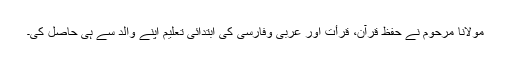
مولانا مرحوم نے حفظ قرآن، قرأت اور عربی وفارسی کی ابتدائی تعلیم اپنے والد سے ہی حاصل کی۔